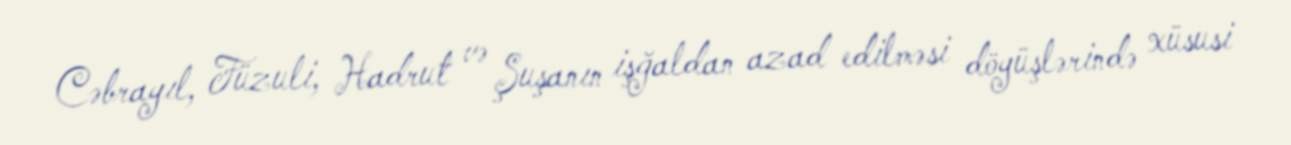
Cəbrayıl, Füzuli, Hadrut və Şuşanın işğaldan azad edilməsi döyüşlərində xüsusi